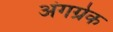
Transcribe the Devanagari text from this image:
अंगग्रेक